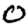
Digit: 0